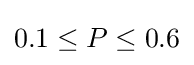
0.1\leq P\leq 0.6